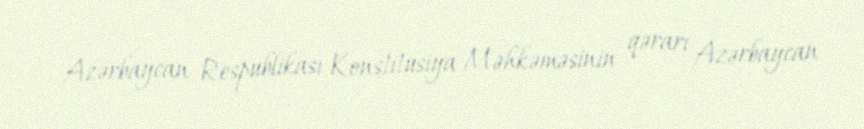
Azərbaycan Respublikası Konstitusiya Məhkəməsinin qərarı Azərbaycan